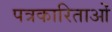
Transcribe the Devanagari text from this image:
पत्रकारिताओं